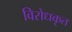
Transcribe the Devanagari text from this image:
विरोधकृत